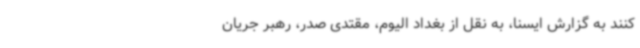
کنند به گزارش ایسنا، به نقل از بغداد الیوم، مقتدی صدر، رهبر جریان